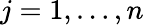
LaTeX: j=1,\ldots,n